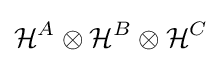
{\mathcal {H}}^{A}\otimes {\mathcal {H}}^{B}\otimes {\mathcal {H}}^{C}